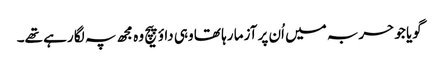
گویا جو حربہ میں اُن پر آزما رہا تھا وہی داؤ پیچ وہ مجھ پہ لگا رہے تھے۔